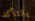
بالتأكد